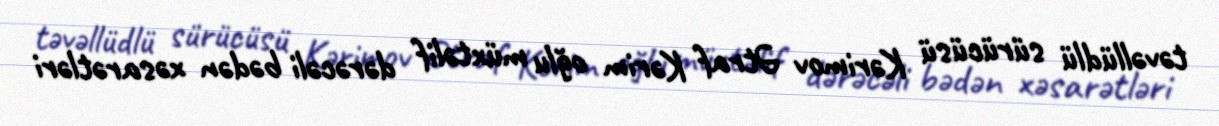
təvəllüdlü sürücüsü Kərimov Ətraf Kərim oğlu müxtəlif dərəcəli bədən xəsarətləri